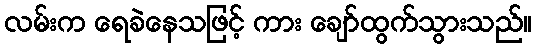
လမ်းက ရေခဲနေသဖြင့် ကား ချော်ထွက်သွားသည်။